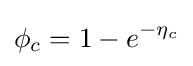
\phi _{c}=1-e^{-\eta _{c}}